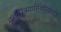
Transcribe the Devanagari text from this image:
दूरचित्रवाहिनीसमूह